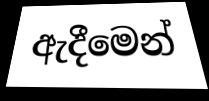
ඇදීමෙන්